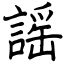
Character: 謡